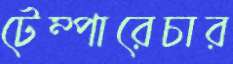
টেম্পারেচার